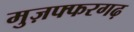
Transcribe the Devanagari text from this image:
मुज़फ्फरगढ़